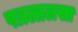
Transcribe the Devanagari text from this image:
पत्रलालसा